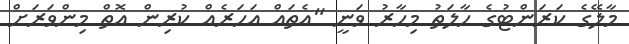
މާލޭގެ ކަރަންޓުގެ ހާލަތު މިހާރު ވަނީ "އެތައް އަހަރެއް ކުރިން އޮތް މިންވަރަށް